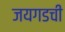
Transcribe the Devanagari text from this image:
जयगडची